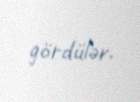
gördülər.